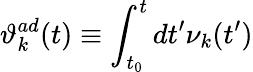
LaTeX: {\vartheta}_{k}^{ad}(t)\equiv\int_{t_{0}}^{t}dt^{\prime}{\nu}_{k}(t^{\prime})